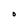
Character: O